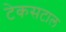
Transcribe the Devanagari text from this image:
टेकसटाल